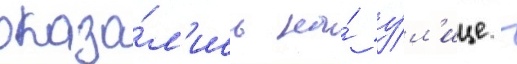
оказа́л'ись на́ у́л'ице -